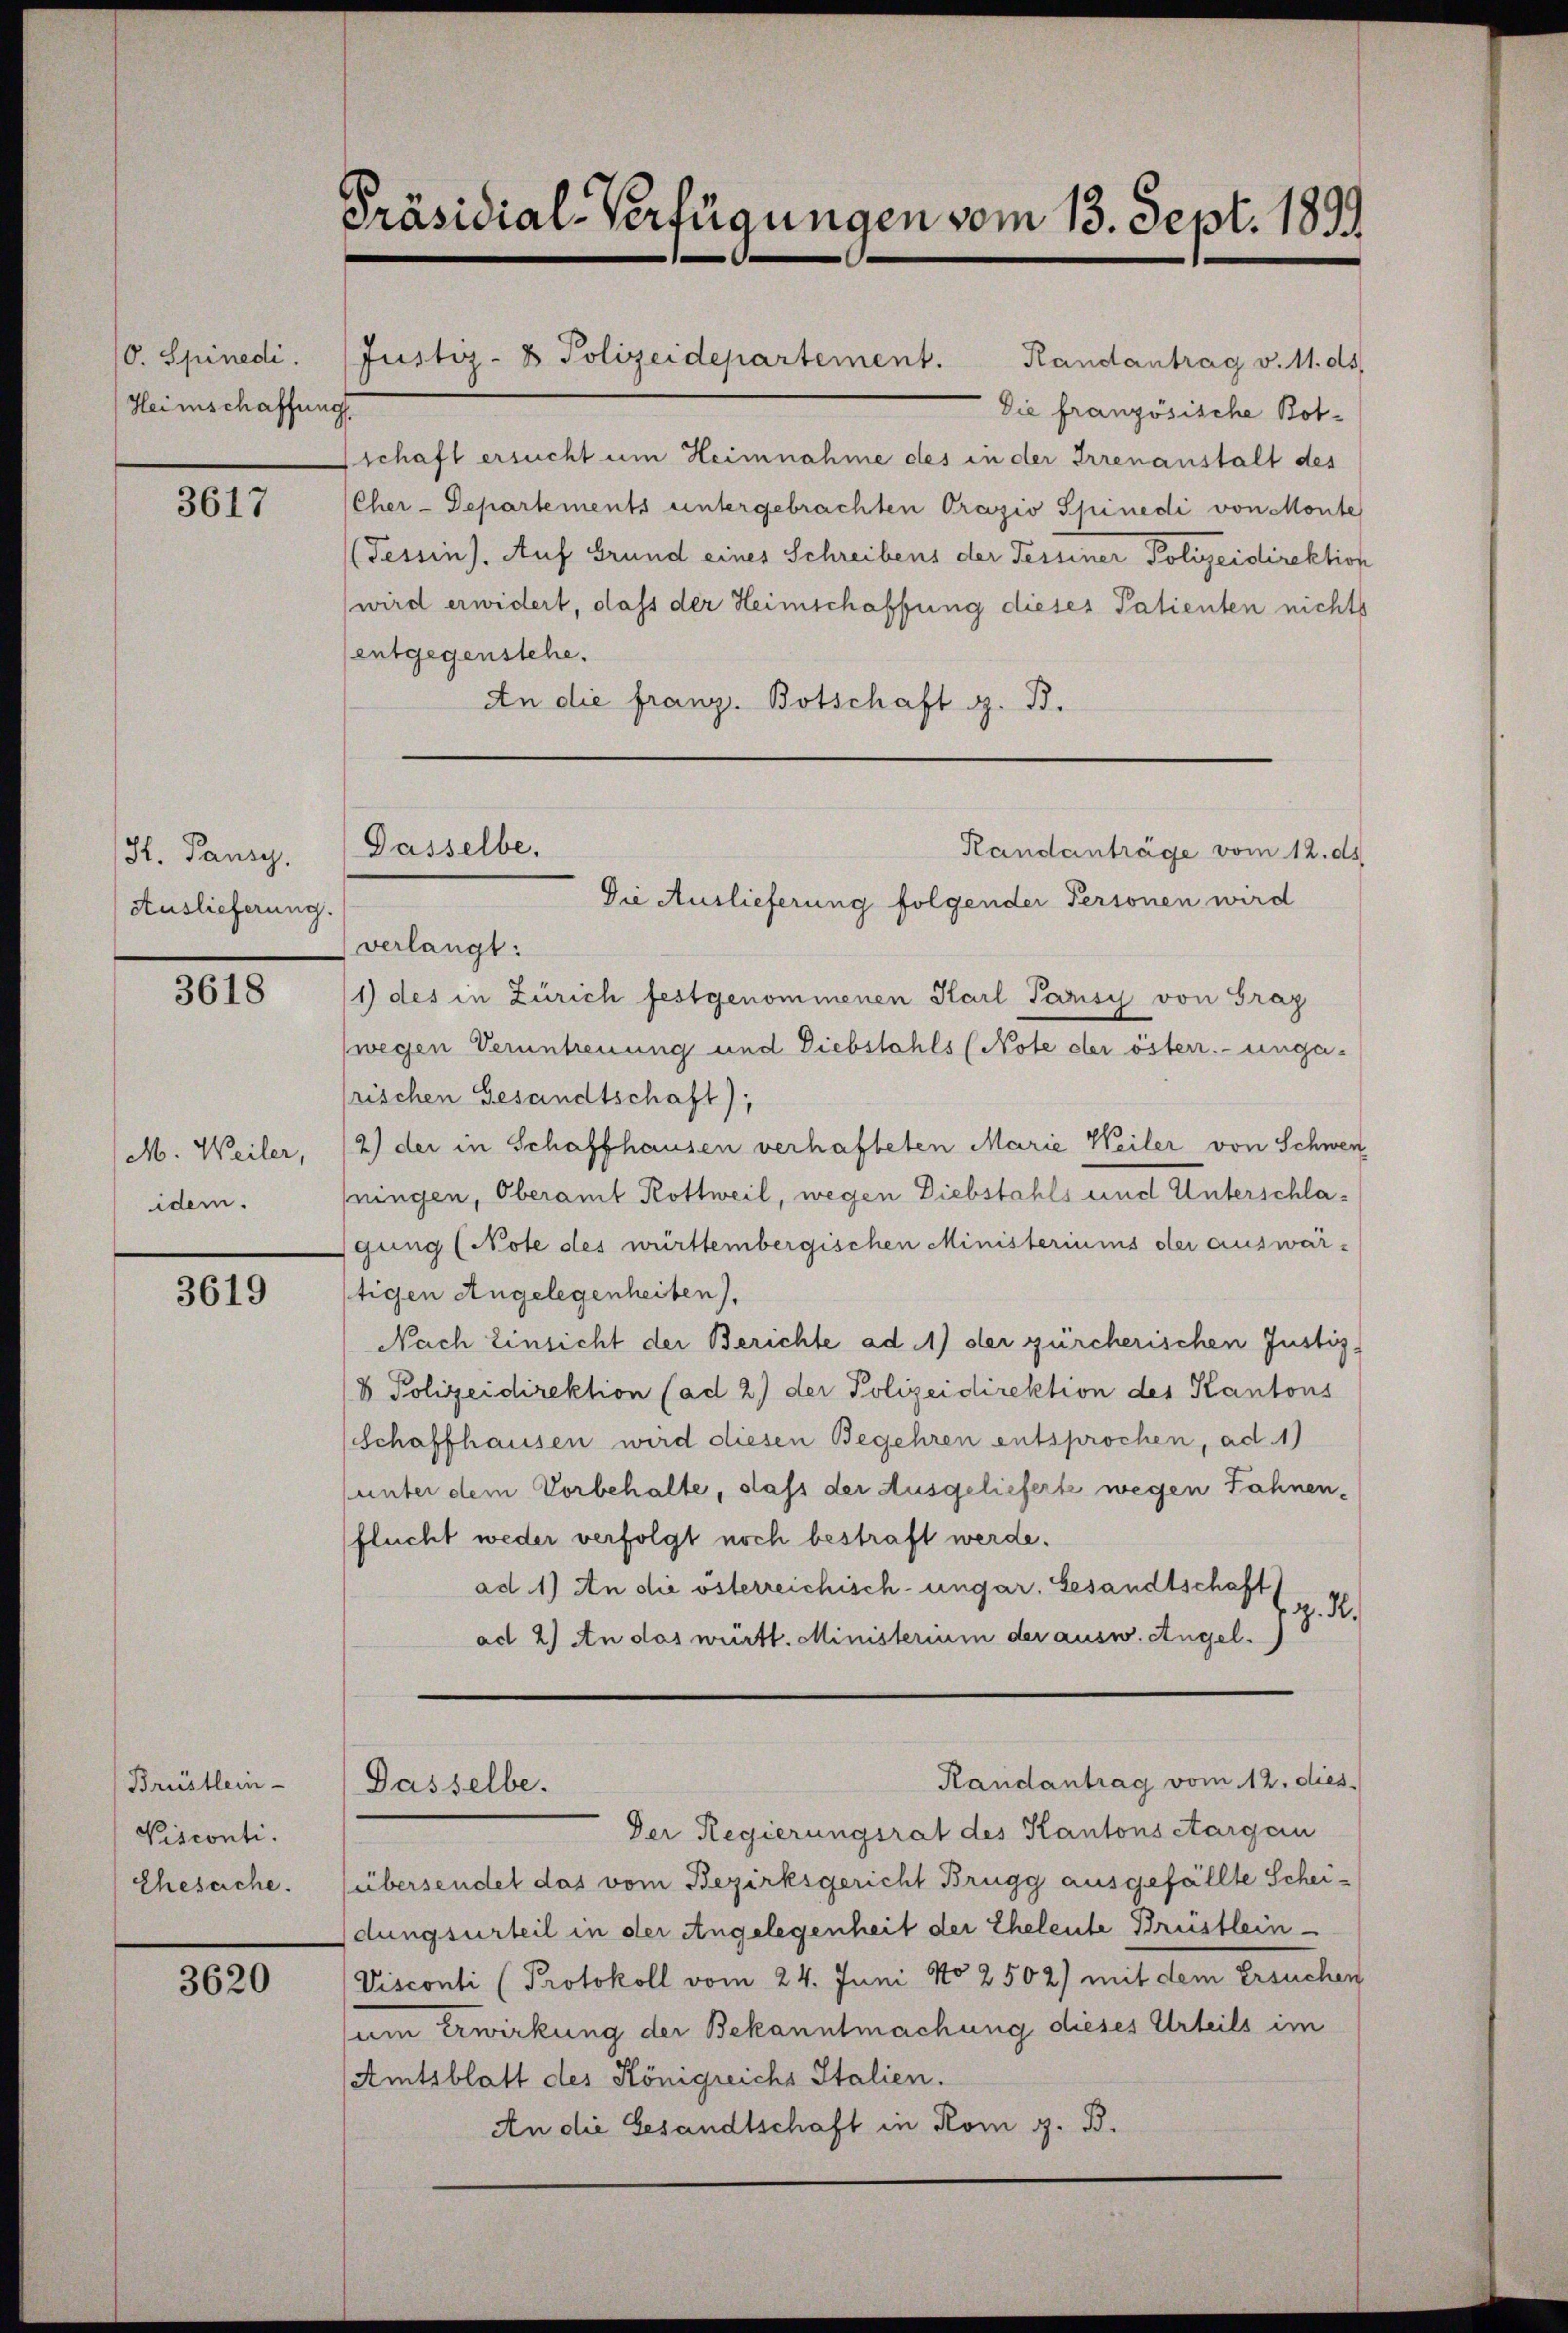
10. Spinedi
Heimschaffung

3617

H. Panzy.
Auslieferung.

3618

M. Weiler,
idem.

3619

Brüstlein-
Visconti.
Ehesache.

3620

Präsidial-Verfügungen vom 13. Sept. 1899

Justiz- & Polizeidepartement. Randantrag v. 11. ds.
.
Die französische Botschaft ersucht um Heimnahme des in der Irrenanstalt des
Cher-Departements untergebrachten Orazio Spinedi von Monte
Tessin). Auf Grund eines Schreibens der Tessiner Polizeidirektion
wird erwidert, dass der Heimschaffung dieses Patienten nichts
entgegenstehe.
An die franz. Botschaft z. B.
verlangt:
1) des in Zürich festgenommenen Karl Parisis von Graz
(wegen Veruntreuung und Diebstahls (Note der österr.-ungafrischen Gesandtschaft);
2) der in Schaffhausen verhafteten Marie Weiler von Schwerz
ningen, Oberamt Rottweil, wegen Diebstahls und Unterschlagung (Note des württembergischen Ministeriums der auswärtigen Angelegenheiten),
Nach Einsicht der Berichte ad 1) der zürcherischen Justiz-
 Polizeidirektion (ad 2) der Polizeidirektion des Kantons
Schaffhausen wird diesen Begehren entsprochen, ad 1)
(unter dem Vorbehalte, dass der Ausgelieferte wegen Fahnen-
flucht weder verfolgt noch bestraft werde.
ad 1) An die österreichisch-ungar. Gesandtschaft
z. R.
ad 2.) An das württ. Ministerium der ausw. Angel.
Randantrag vom 12. dies
Gasselbe.
Der Regierungsrat des Kantonsctargau
übersendet das vom Bezirksgericht Brugg ausgefällte Schei-
dungsurteil in der Angelegenheit der Eheleute Brüstlein-
Visconti (Protokoll vom 24. Juni No 2502) mit dem Ersuchen
sum Erwirkung der Bekanntmachung dieses Urteils im
(Amtsblatt des Königreichs Italien.
An die Gesandtschaft in Rom z. B.

Gasselbe.
Randanträge vom 12. ds.
Die Auslieferung folgender Personen wird